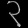
Digit: ၃